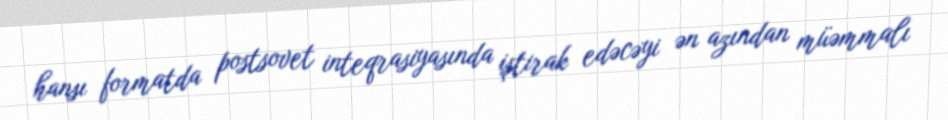
hansı formatda postsovet inteqrasiyasında iştirak edəcəyi ən azından müəmmalı